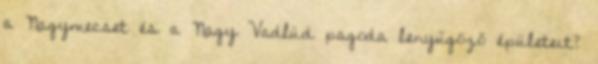
a Nagymecset és a Nagy Vadlúd pagoda lenyűgöző épületeit?